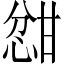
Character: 𫺦